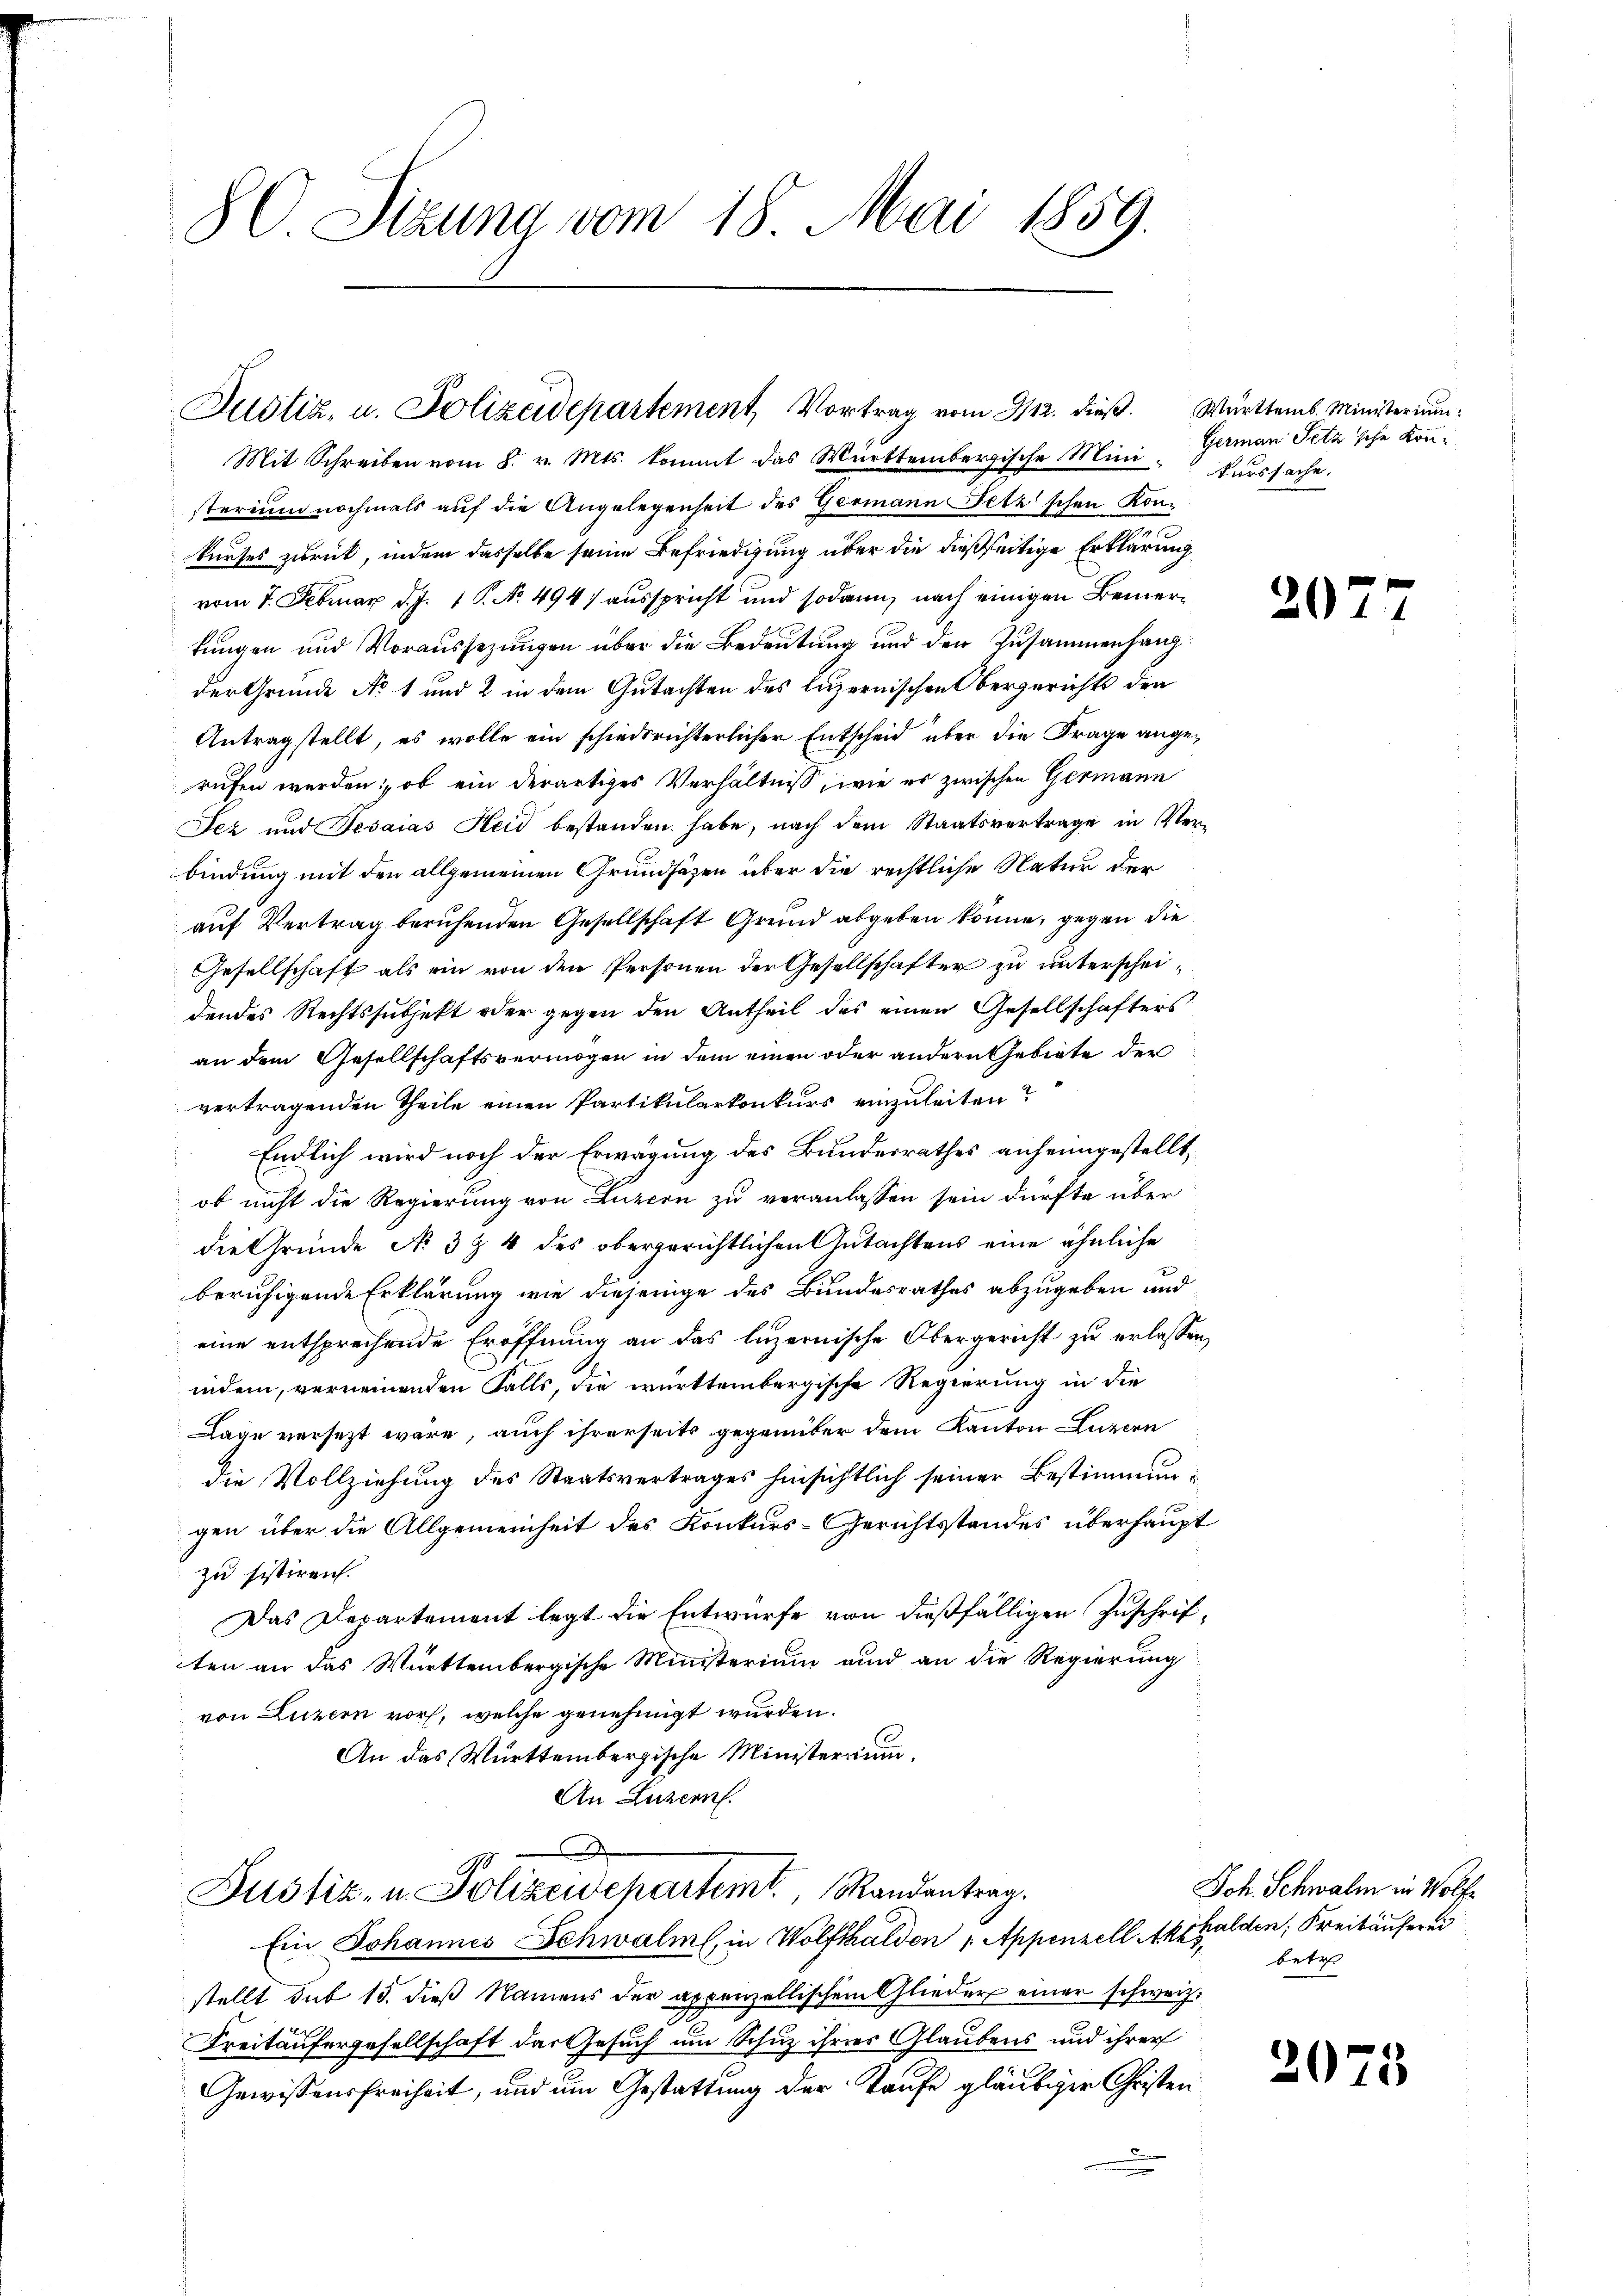
80 Sizung vom 18. Mai 1859.

Justiz, u. Polizeidepartement, Vortrag vom 3112. dieβ. Württemb. Ministerium:

Mit Schreiben vom 8. v. Mts. kommt das Württembergische Mini-Kurssache.
sterium nochmals auf die Angelegenheit des Germann Fetzschen Konkurses zurück, indem dasselbe seine Befriedigung über die dießseitige Erklärung
vom 7. Februar d. J. 1 P. No. 494) ausspricht und sodann nach einigen Bemerfungen und Voraussezungen über die Bedeutung und der Zusammenhang
der Grunde No 1 und 2 in dem Gutachten des luzernischen Obergerichts den
Antragstellt, es wolle ein schiedsrichterlicher Entscheid über die Frage angerufen werden: ob ein derartiges Verhältniß, wie es zwischen Germann
Jez und Fesaias Heid bestanden habe, nach dem Staatsvertrage in Verbindung mit den allgemeinen Grundsätzen über die rechtliche Natur der
auf Vertrag beruhenden Gesellschaft Grund abgeben könne, gegen die
Gesellschaft als ein von den Personen der Gesellschafter zu unterscheidendes Rechtssubjekt oder gegen den Antheil des einen Gesellschafters
an dem Gesellschaftsvermögen in dem einen oder andern Gebiete der
vertragenden Theile einen Partikularkonkurs einzuleiten?
Endlich wird noch der Erwägung des Bundesrathes anheimgestellt
.
ob nicht die Regierung von Luzern zu veranlassen sein dürfte über
die Gründe No 3 & 4 des obergerichtlichen Gutachtens eine ähnliche
beruhigende Erklärung wie diejenige des Bundesrathes abzugeben und
eine entsprechende Eröffnung an das luzernische Obergericht zu erlassen,
indem, verneinenden Falls, die württembergische Regierung in die
Lage versezt wäre, auch ihrerseits gegenüber dem Kanton Luzern
die Vollziehung des Staatsvertrages hinsichtlich seiner Bestimmungen über die Allgemeinheit des Konkurs-Gerichtsstandes überhaupt
zu sistiren.
Das Departement legt die Entwürfe von dießfälligen Zuschriften an das Württembergische Ministerium und an die Regierung
von Luzern vor, welche genehmigt wurden.
An das Württembergische Ministerrium.
An Luzern.

x
Justiz- u. Polizeidepartem Randantrag.

Ein Johannes Schwalm, in Wolfshalden 1. Appenzell Akphalden, Freitäuferei
stellt sub 15. dieß Namens der appenzellischen Glieder einer schweiz.
Freitäufergesellschaft das Gesuch um Schuz ihres Glaubens und ihrer
Gewissensfreiheit, und um Gestattung der Taufe gläubiger Christe¬

German Setz'sche Kon¬

30

Joh. Schwalm in Wolfe
betr

2